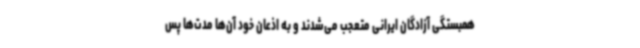
همبستگی آزادگان ایرانی متعجب می‌شدند و به اذعان خود آن‌ها مدت‌ها پس